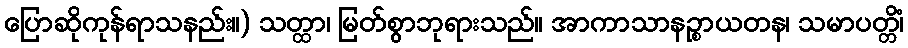
ပြောဆိုကုန်ရာသနည်း။) သတ္ထာ၊ မြတ်စွာဘုရားသည်။ အာကာသာနဉ္စာယတန၊ သမာပတ္တိံ၊